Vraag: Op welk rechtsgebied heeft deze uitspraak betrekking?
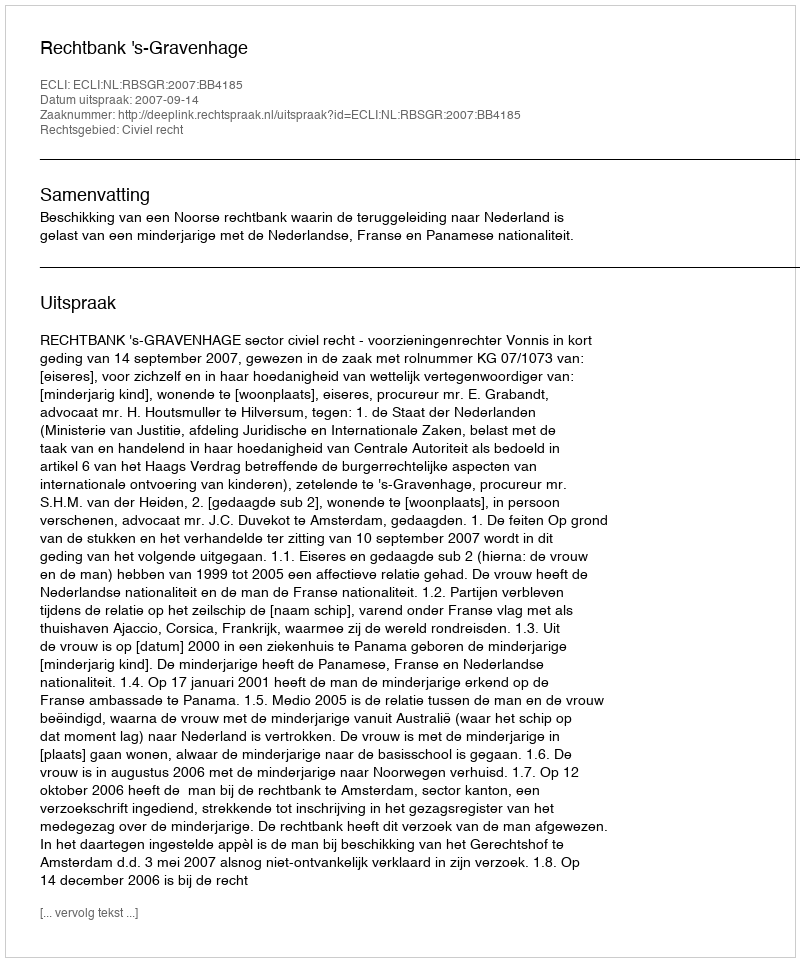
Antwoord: Civiel recht